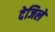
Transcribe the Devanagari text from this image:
देजिले